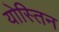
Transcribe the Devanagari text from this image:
योस्तिन